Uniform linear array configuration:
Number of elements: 64
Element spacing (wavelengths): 0.5
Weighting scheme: blackman
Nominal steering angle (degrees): -30
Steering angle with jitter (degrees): -28.926
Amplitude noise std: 0.05
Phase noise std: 0.05

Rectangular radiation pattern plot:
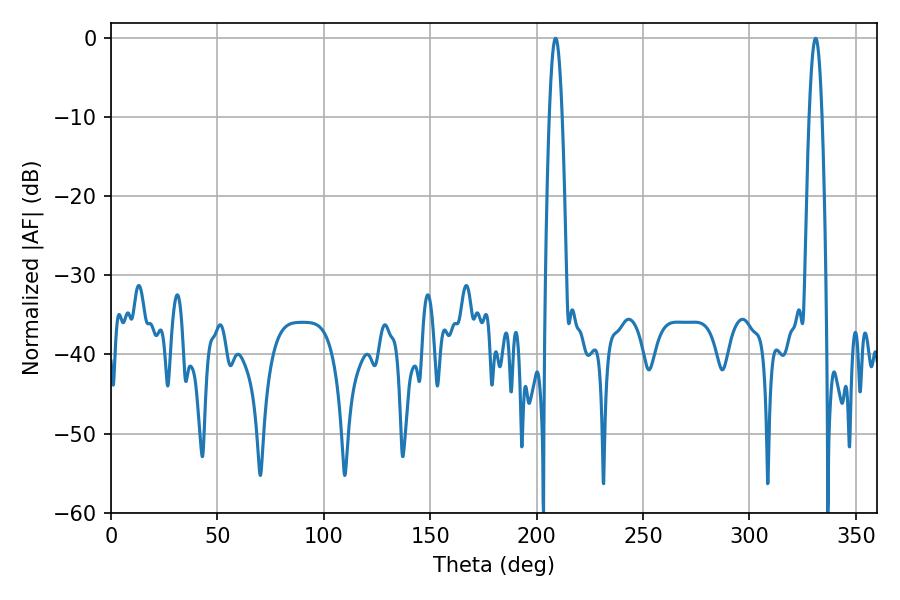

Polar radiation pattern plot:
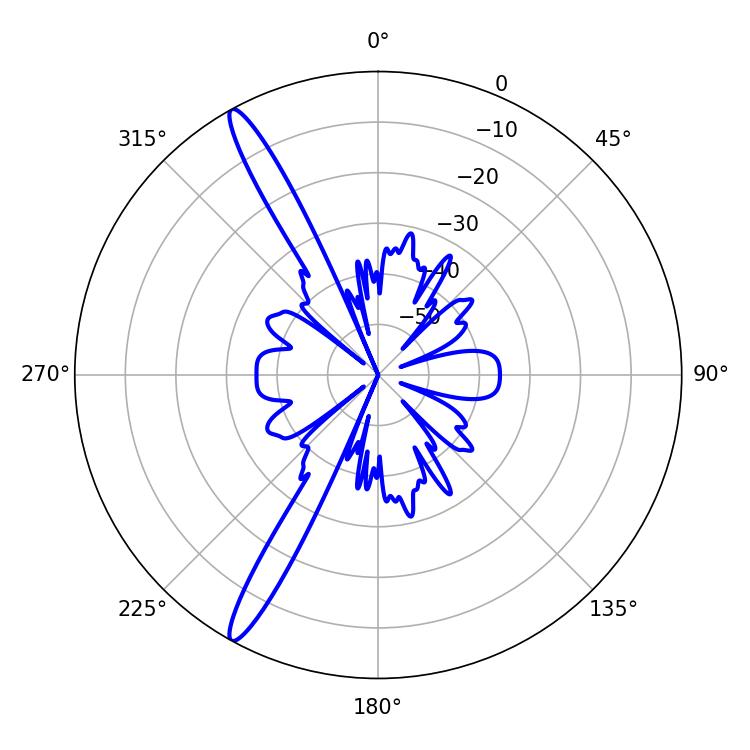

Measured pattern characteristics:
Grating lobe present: FALSE
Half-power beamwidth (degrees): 3.24
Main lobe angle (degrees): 208.98